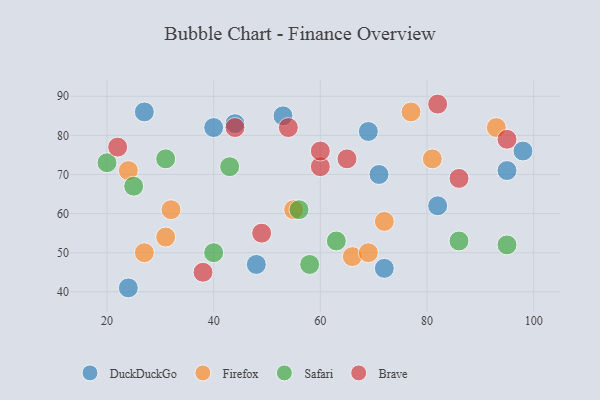
{"axis": {"x": "GDP", "y": "Life Expectancy"}, "legend": ["Brave", "DuckDuckGo", "Firefox", "Safari"], "data": [{"x": "27", "y": 86, "type": "DuckDuckGo"}, {"x": "24", "y": 41, "type": "DuckDuckGo"}, {"x": "72", "y": 46, "type": "DuckDuckGo"}, {"x": "44", "y": 83, "type": "DuckDuckGo"}, {"x": "98", "y": 76, "type": "DuckDuckGo"}, {"x": "53", "y": 85, "type": "DuckDuckGo"}, {"x": "40", "y": 82, "type": "DuckDuckGo"}, {"x": "48", "y": 47, "type": "DuckDuckGo"}, {"x": "69", "y": 81, "type": "DuckDuckGo"}, {"x": "71", "y": 70, "type": "DuckDuckGo"}, {"x": "95", "y": 71, "type": "DuckDuckGo"}, {"x": "82", "y": 62, "type": "DuckDuckGo"}, {"x": "27", "y": 50, "type": "Firefox"}, {"x": "66", "y": 49, "type": "Firefox"}, {"x": "72", "y": 58, "type": "Firefox"}, {"x": "55", "y": 61, "type": "Firefox"}, {"x": "31", "y": 54, "type": "Firefox"}, {"x": "32", "y": 61, "type": "Firefox"}, {"x": "69", "y": 50, "type": "Firefox"}, {"x": "77", "y": 86, "type": "Firefox"}, {"x": "93", "y": 82, "type": "Firefox"}, {"x": "24", "y": 71, "type": "Firefox"}, {"x": "81", "y": 74, "type": "Firefox"}, {"x": "25", "y": 67, "type": "Safari"}, {"x": "95", "y": 52, "type": "Safari"}, {"x": "40", "y": 50, "type": "Safari"}, {"x": "63", "y": 53, "type": "Safari"}, {"x": "86", "y": 53, "type": "Safari"}, {"x": "43", "y": 72, "type": "Safari"}, {"x": "20", "y": 73, "type": "Safari"}, {"x": "56", "y": 61, "type": "Safari"}, {"x": "58", "y": 47, "type": "Safari"}, {"x": "31", "y": 74, "type": "Safari"}, {"x": "44", "y": 82, "type": "Brave"}, {"x": "82", "y": 88, "type": "Brave"}, {"x": "95", "y": 79, "type": "Brave"}, {"x": "54", "y": 82, "type": "Brave"}, {"x": "60", "y": 72, "type": "Brave"}, {"x": "49", "y": 55, "type": "Brave"}, {"x": "65", "y": 74, "type": "Brave"}, {"x": "86", "y": 69, "type": "Brave"}, {"x": "38", "y": 45, "type": "Brave"}, {"x": "60", "y": 76, "type": "Brave"}, {"x": "22", "y": 77, "type": "Brave"}]}